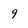
Character: 9